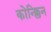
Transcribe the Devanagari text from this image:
कोन्क्लिन